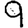
Digit: 9